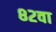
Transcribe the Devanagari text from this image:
८२वा